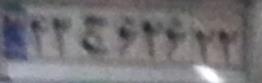
۴۲ج۶۲۶۲۲